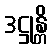
ဒဋ္ဌုန္တိ